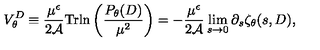
V _ { \theta } ^ { D } \equiv { \frac { \mu ^ { \epsilon } } { 2 { \cal A } } } \mathrm { T r } { \ln } \left( { \frac { P _ { \theta } ( D ) } { \mu ^ { 2 } } } \right) = - { \frac { \mu ^ { \epsilon } } { 2 { \cal A } } } \lim _ { s \to 0 } \partial _ { s } \zeta _ { \theta } ( s , D ) ,